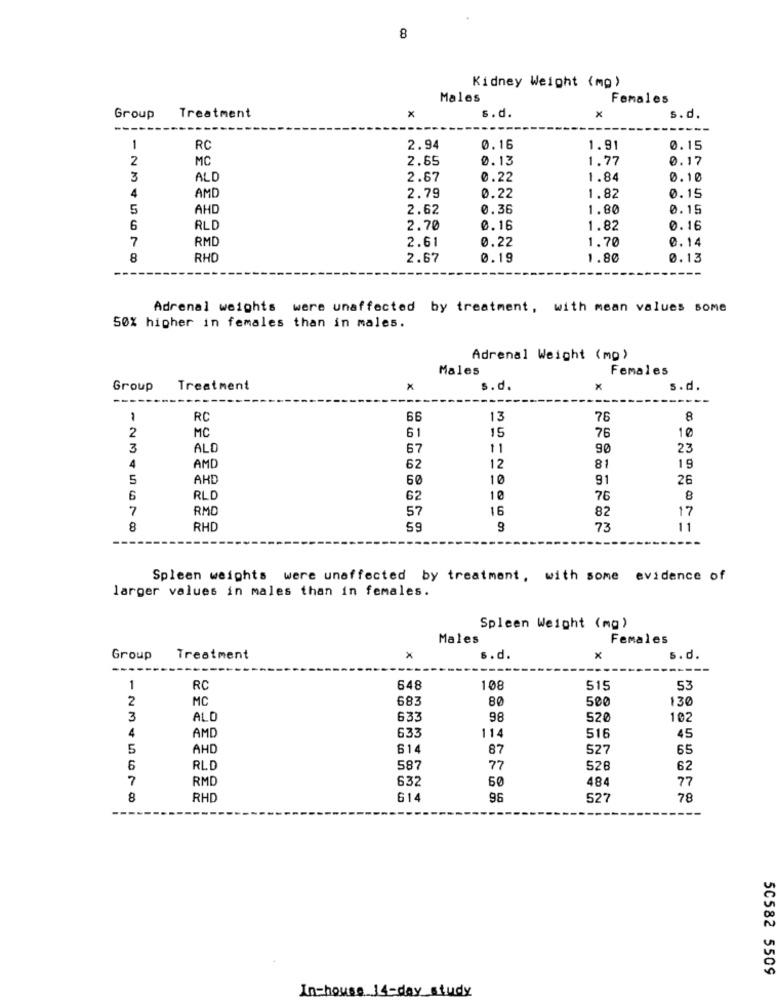
8
Kidney Weight (mg)
Males
Females
s.d.
x
Group
Treatment
X
s.d.
1
RC
2.94
0.16
1.91
0.15
2
MC
2.65
0.13
1.77
0.17
3
ALD
2.67
0.22
1.84
0.10
4
AMD
2.79
0.22
1.82
0.15
5
AHD
2.62
0.36
1.80
0.15
6
RLD
2.70
0.16
1.82
0.16
7
RMD
0.22
1.70
0.14
2.61
8
RHO
2.67
0.19
1.80
0.13
Adrenal weights were unaffected by treatment, with mean values some
50% higher in females than in males.
Adrenal Weight (mg)
Males
Females
Group Treatment
x
s.d.
x
s.d.
RC
66
13
76
8
2
MC
61
15
76
10
3
ALD
67
11
90
23
81
4
AMD
62
12
19
5
AHD
50
10
91
26
6
RLD
62
10
76
8
7
RMD
57
16
82
17
8
RHD
59
73
11
Spleen weights were unaffected by treatment, with some evidence of
larger values in males than in females.
Spleen Weight (mg)
Males
Females
Group
Treatment
s.d.
x
s.d.
1
RC
648
108
515
53
2
MC
683
80
500
130
3
ALD
633
98
52
102
4
AMD
633
114
516
45
5
AHD
61
87
527
65
6
RLD
587
77
528
62
7
RMD
632
50
484
77
8
RHD
61
96
527
78
50582 5509
In-house 14-day study